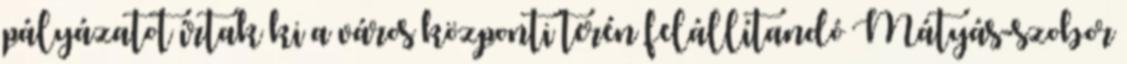
pályázatot írtak ki a város központi terén felállítandó Mátyás-szobor